Report of the Bombay Plague Committee
Disease focus: Plague
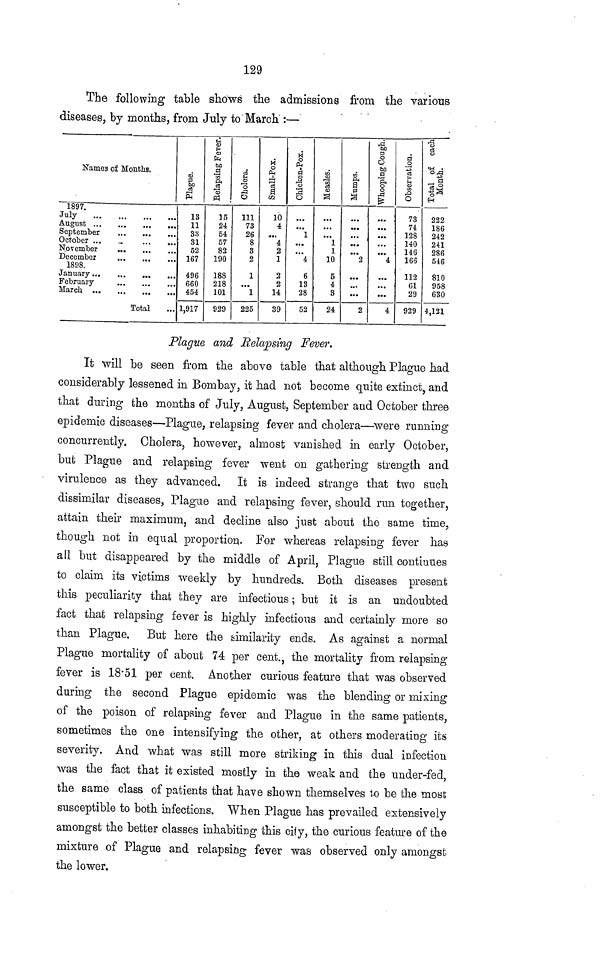
129
The following table shows the admissions from the various
diseases, by months, from July to March :—
Names of Months.
1897.
July
August
September
October
...
...
November
December
1898.
February
Total
13
11
33
31
52
167
496
660
454
1,917
15
24
54
57
82
190
188
218
101
929
111
73
26
8
3
2
1
...
1
225
10
4
...
4
2
1
2
2
14
39
1
......
...
4
6
13
28
52
......
1
1.
10
5
4
3
24
....
2
...
...
...
2
...
......
...
4
...
...
...
4
73
74
128
140
146
166
112
Cl
29
929
222
186
242
241
286
546
810
958
630
4,121
Plague and Relapsing Fever.
It will be seen from the above table that although Plague had
considerably lessened in Bombay, it had not become quite extinct, and
that during the months of July, August, September and October three
epidemic diseases—Plague, relapsing fever and cholera—were running
concurrently. Cholera, however, almost vanished in early October,
but Plague and relapsing fever went on gathering strength and
virulence as they advanced. It is indeed strange that two such
dissimilar diseases, Plague and relapsing fever, should run together,
attain their maximum, and decline also just about the same time,
though not in equal proportion. For whereas relapsing fever has
all but disappeared by the middle of April, Plague still continues
to claim its victims weekly by hundreds. Both diseases present
this peculiarity that they are infectious ; but it is an undoubted
fact that relapsing fever is highly infectious and certainly more so
than Plague. But here the similarity ends. As against a normal
Plague mortality of about 74 per cent., the mortality from relapsing
fever is 18·51 per cent. Another curious feature that was observed
during the second Plague epidemic was the blending or mixing
of the poison of relapsing fever and Plague in the same patients,
sometimes the one intensifying the other, at others moderating its
severity. And what was still more striking in this dual infection
was the fact that it existed mostly in the weak and the under-fed,
the same class of patients that have shown themselves to be the most
susceptible to both infections. When Plague has prevailed extensively
amongst the better classes inhabiting this city, the curious feature of the
mixture of Plague and relapsing fever was observed only amongst
the lower.